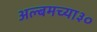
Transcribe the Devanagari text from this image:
अल्बमच्या३०